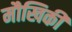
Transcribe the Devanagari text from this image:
मौखिकी